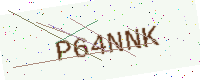
Text: P64NNK